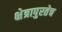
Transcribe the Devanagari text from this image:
क्षेत्रापुरतेच